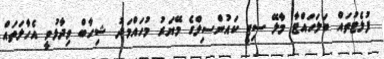
ފުލެޓުތައް ބަލަހައްޓާ މާލޭ ސިޓީ ކައުންސިލްގެ މޭޔަރު މުހައްމަދު ޝިހާބް ވިދާޅުވީ އެހާލަތައް